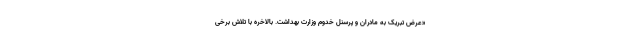
«عرض تبریک به مادران و پرسنل خدوم وزارت بهداشت. بالاخره با تلاش برخی